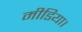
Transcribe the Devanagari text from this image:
मीडिया।